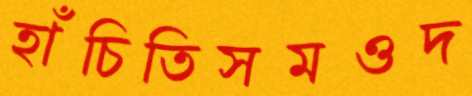
হাঁচিতিসমওদ